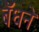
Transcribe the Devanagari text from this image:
बॅधने